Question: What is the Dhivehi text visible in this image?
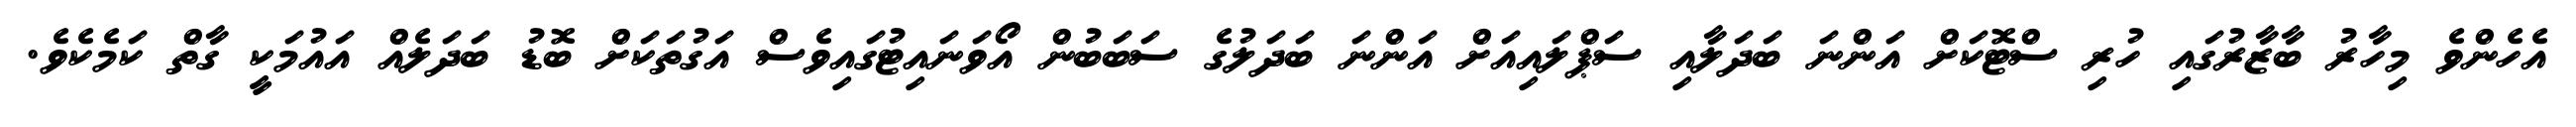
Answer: އެހެންވެ މިހާރު ބާޒާރުގައި ހުރި ސްޓޮކަށް އަންނަ ބަދަލާއި ސަޕްލައިއަށް އަންނަ ބަދަލުގެ ސަބަބުން އޯވަނައިޓުގައިވެސް އަގުތަކަށް ބޮޑު ބަދަލެއް އައުމަކީ ގާތް ކަމެކެވެ.